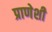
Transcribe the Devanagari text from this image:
प्राणेशी